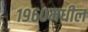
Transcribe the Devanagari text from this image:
१९६०मधील